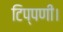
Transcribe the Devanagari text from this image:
टिप्पणी।